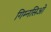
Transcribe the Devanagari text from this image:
गिम्नसिओ